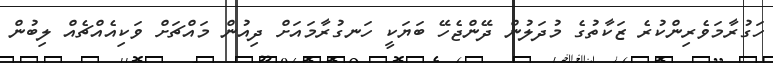
ހަގުރާމަވެރިންކުރެ ޒަކާތުގެ މުދަލުން ދޭންޖެހޭ ބަޔަކީ ހަނގުރާމައަށް ދިއުން މައްޗަށް ވަކިއެއްޗެއް ލިބުން